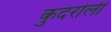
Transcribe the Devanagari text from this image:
कुदरोली